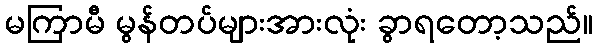
မကြာမီ မွန်တပ်များအားလုံး ခွာရတော့သည်။